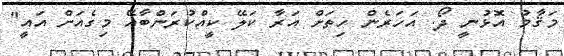
މަޤާމު އޮޅުނީ ދޯ. އަހަރެން ހިތަށް އަރާ ކަލޭ ކީއްކުރަންބާއޭ މިގެއަށް އައީ"